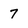
Character: 7